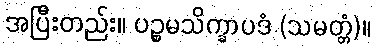
အပြီးတည်း။ ပဉ္စမသိက္ခာပဒံ (သမတ္တံ)။